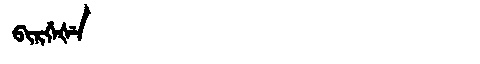
Manchu: ᠪᡳᡵᡤᡝᡧᡝ
Romanization: BIRGEŠE